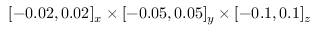
[ - 0 . 0 2 , 0 . 0 2 ] _ { x } \times [ - 0 . 0 5 , 0 . 0 5 ] _ { y } \times [ - 0 . 1 , 0 . 1 ] _ { z }